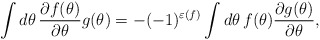
\begin{align*}\int d\theta\,\frac{\partial f(\theta)}{\partial\theta}g(\theta)= -(-1)^{\varepsilon(f)}\int d\theta\,f(\theta)\frac{\partial g(\theta)} {\partial\theta},\end{align*}